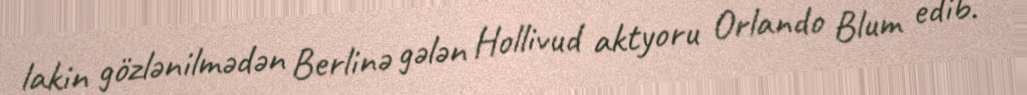
lakin gözlənilmədən Berlinə gələn Hollivud aktyoru Orlando Blum edib.